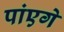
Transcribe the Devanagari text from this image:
पांएगे